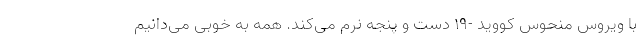
با ویروس منحوس کووید -۱۹ دست و پنجه نرم می‌کند. همه به خوبی می‌دانیم